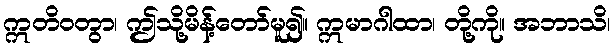
ဣတိဝတွာ၊ ဤသို့မိန့်တော်မူ၍။ ဣမာဂါထာ၊ တို့ကို။ အဘာသိ၊